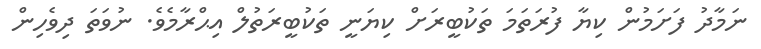
ނަމާދު ފަށަމުން ކިޔާ ފުރަތަމަ ތަކުބީރަށް ކިޔަނީ ތަކުބީރަތުލް އިޙްރާމެވެ. ނުވަތަ ދިވެހިން